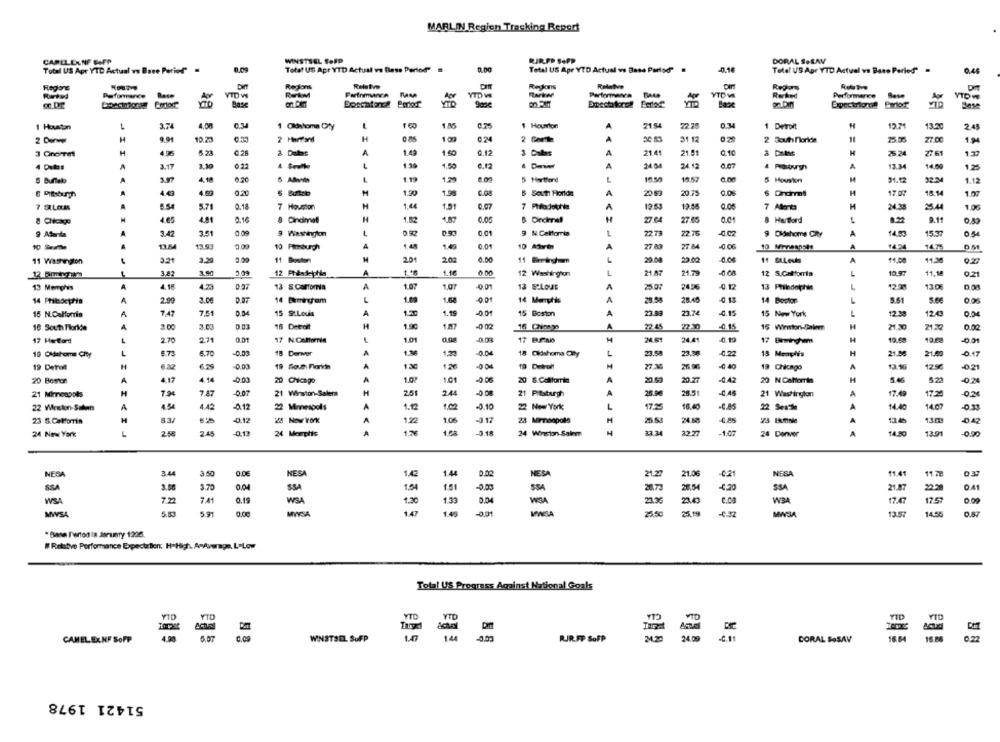
MARLIN Regien Trecking Report
WINSTSEL SeFP
RJRPP SAPP
DORAL S.LAN
CARLLENNE SAFP
Total US Apr YTD Actual vs Base Period"
Total US Apr YTD Actual ve Bless Period" .
Total US Apr YTD Actual ve Base Parlod" .
Telef US Apr YTD Actual vn Base Period" .
0.44
Regions
Regons
Base
VTD W
Racker
YTD W
Performance
Base
Apr
Pomoc
Base
1 Houston
-
3.74
4.08
1 Closhome City
1.45
1 Hourton
7144
72.79
1 Detroit
12.71
13.20
2.45
H
9.91
10.28
2 Hariand
H
109
31 12
2 South noride
77.00
1M
H
2 Dalas
A
1.49
1.60
0.12
3 Dabas
21.41
21.91
H
25 24
27 61
1.32
4.50
A
14.0
4 Delas
2.17
3.30
6.12
34.12
& Pasburgh
13.34
4.18
5 Hartford
15.50
18.57
5 Houston
91.12
32.3
1.12
& Bunebo
A
4.63
0.20
1.20
B South Florida
2053
20.75
M
17.07
18.14
5.71
0.14
7 Houston
H
1.51
0.07
7 Plila Jothin
12.68
0.06
7 Allenta
H
24.38
25.44
1.06
8 Chicage
4.81
0.10
1.5
27 64
27.65
8 Hartford
-
8.2
9.11
3.51
9 Afanta
3.47
9 Washington
L
0.01
9 N California
22.73
2275
9 Dldehome Oly
A
15.37
054
10 Pimburgh
4
0.01
10 --
27 83
27 84
-0.06
A
14.54
13.84
10
14.75
3.21
3.29
11 Boston
M
2.01
2.02
0.00
11 Birmingham
20.00
22.02
A
11.00
41.36
11 Washington
9.27
3.82
3.90
1.16
0.00
12 Washington
21.07
21.79
-0.04
L
10.97
11.10
0.21
13 Memphis
A
4.16
4.23
13 S Calfornia
A
1.07
1.07
13 SLOus
25 05
2456
4.17
13 Philadelphie
1305
A
2.99
3.00
14 Bamnom
1.68
14 Morphis
28.58
28.45
14 Boston
5.61
5.6€
747
7.5
0.04
15 StLouis
A
1.19
-0.01
15 Boston
23.03
23.7
4.15
15 New York
12.30
15 N.California
A
12.43
0.04
16 South Florida
A
3.00
3.00
18 Detoit
1.9
-0.02
22.45
22 Y
-0.15
15 Wirwton-Salem
H
17 Herford
L
2.7€
271
0.01
L
10
17 B.P.Mb
24.61
24.41
17 Birmingham
10 Oldahome Chy
L
6.75
6.70
-0.03
18 Dermer
1.23
18 Cióshoma Chy
23.58
23.36
18 Memphis
H
21.86
21.62
-0.17
19 Detroll
19 Sous Floridn
A
12
-0 04
12 Detron
27.30
-0 40
19 Chicago
A
129
20 Boston
4.14
10
1.01
-0.06
20 8. California
20.60
20.20
-0.42
22 N.Cahomin
M
5.46
A
20 Chicago
H
7.47
21 Winston-Salem
H
251
24
-0 0
21 Pittsburgh
26.90
26.51
-0.45
21 Washington
A
17.42
17.24
22 Winston-Salemn
A
4.42
0.12
22 Mmespols
A
1.02
-0.10
22 New York
17.25
16.40
C.AS
22 Seathe
A
14.40
14.00
23 5. Callorrin
A
122
1.0
-0.17
23 Mirnonpols
A
2.45
22.24
-1.02
24 New York
L
25
-0.13
24 Memphis
A
24 Winston-Salem
.JIJI‹‹JIT
24 Denver
A
14.80
13.91
0.90
NESA
3.44
3.50
0.06
1.42
1.44
0.02
MESA
21.27
21.06
0.21
NESA
11.41
11 27
D.37
3.70
0.04
SSA
1.54
151
SSA
28.72
28.54
4.20
SSA
21.87
22.3
04
WSA
7.22
74
0.19
WSA
1.30
1.33
0.04
WSA
23.43
c.08
17.4
17.5
00
MWSA
5.91
147
1.45
0.01
IWSA
25.50
25.19
MISA
13.57
14.56
0.87
* Base Pertod is January 1206.
# Relative Performance Expectation: H-High. AnAverage, L-Low
Total US Progress Against National Goals
RJR.FP SoFP
CAMEL ELNF SOPP
WINSTSEL SoFP
CORAL SOSAV
51421 1978